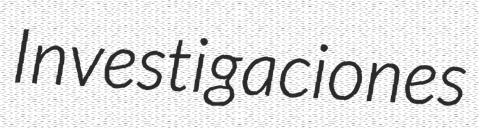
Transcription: Investigaciones